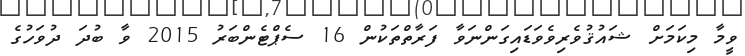
ވީމާ މިކަމަށް ޝައުޤުވެރިވެވަޑައިގަންނަވާ ފަރާތްތަކުން 16 ސެޕްޓެންބަރު 2015 ވާ ބުދަ ދުވަހުގެ